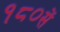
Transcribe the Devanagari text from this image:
१८०सें